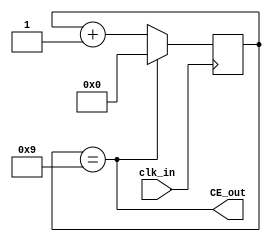
module ClockChanger(clk_in, CE_out);
parameter CLOCK_PERIODS = 32'd10; // This will take original clock speed = C Hz, then produce output clock = C / CLOCK_PERIODS
 // Instantiating this module
input clk_in;
reg [31:0] count = 0;
output wire CE_out = (count == CLOCK_PERIODS - 1);

always @(posedge clk_in) begin
//if (reset) // may need reset later
	if (CE_out) count <= 0;
	else count <= count + 1'b1;
	
end

endmodule